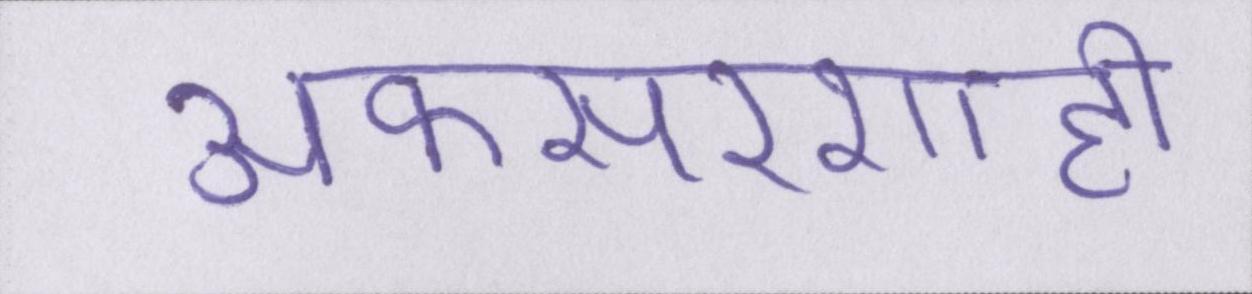
अफसरशाही